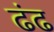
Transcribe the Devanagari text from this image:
ढंढ